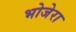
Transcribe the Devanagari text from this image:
भोजेरा